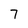
Character: 7